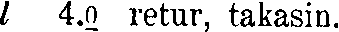
l 4.0 retur, takasin.